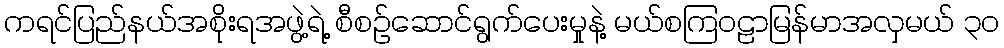
ကရင်ပြည်နယ်အစိုးရအဖွဲ့ရဲ့ စီစဉ်ဆောင်ရွက်ပေးမှုနဲ့ မယ်စကြဝဠာမြန်မာအလှမယ် ၃၀